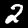
Label: 2